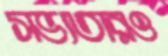
সভ্যতারও